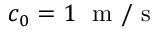
c _ { 0 } = 1 ~ \mathrm { ~ m ~ / ~ s ~ }